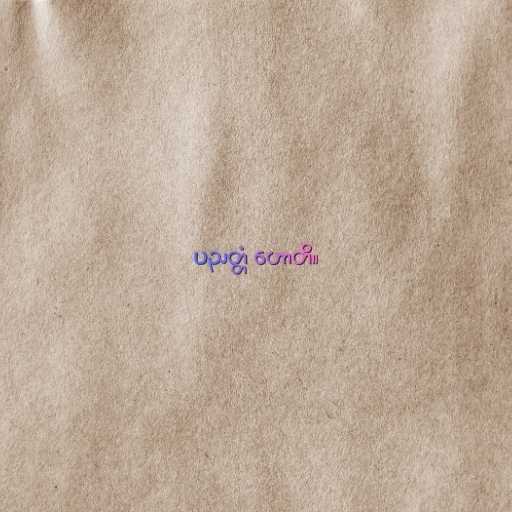
ပညတ္တံ ဟောတိ။